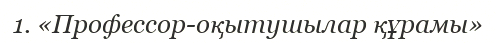
1. «Профессор-оқытушылар құрамы»